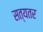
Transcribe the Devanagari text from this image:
सत्यतर